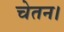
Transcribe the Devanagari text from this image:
चेतन।